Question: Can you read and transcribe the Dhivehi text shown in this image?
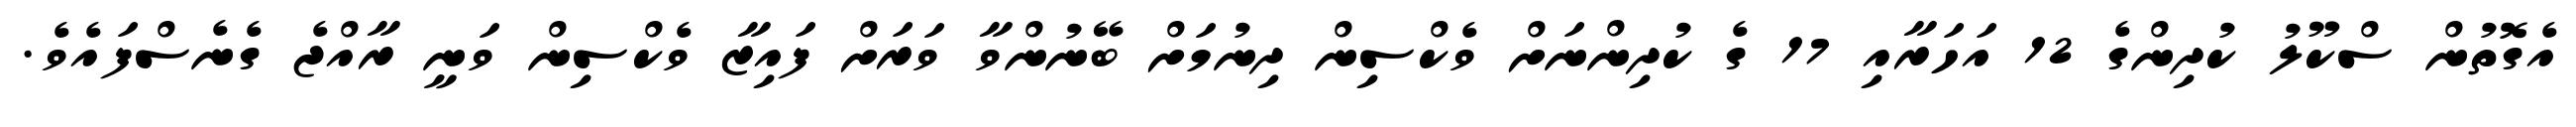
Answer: އެގޮތުން ސްކޫލު ކުދިންގެ 12 އަހަރާއި 17 ގެ ކުދިންނަށް ވެކްސިން ދިނުމަށް ބޭނުންވާ ވަރަށް ފައިޒާ ވެކްސިން ވަނީ ރާއްޖެ ގެނެސްފައެވެ.